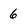
Character: 6